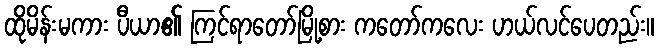
ထိုမိန်းမကား ပီယာ၏ ကြင်ရာတော်မြို့စား ကတော်ကလေး ဟယ်လင်ပေတည်း။